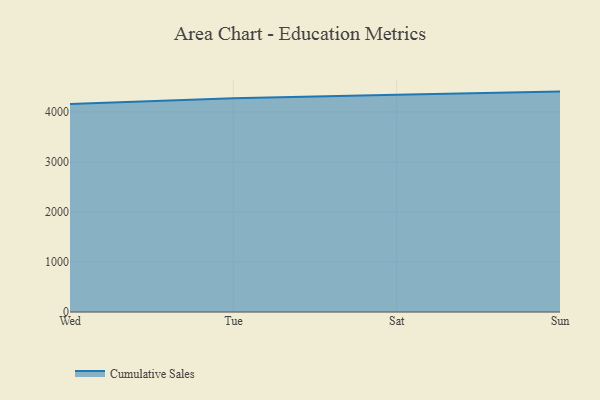
{"axis": {"x": "Day", "y": "Demand Index"}, "legend": ["Cumulative Sales"], "data": [{"x": "Wed", "y": 4159.9, "type": "Cumulative Sales"}, {"x": "Tue", "y": 4276.2, "type": "Cumulative Sales"}, {"x": "Sat", "y": 4346.4, "type": "Cumulative Sales"}, {"x": "Sun", "y": 4408.0, "type": "Cumulative Sales"}]}